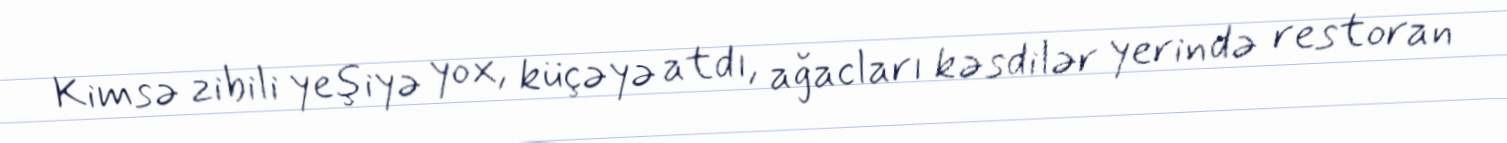
Kimsə zibili yeşiyə yox, küçəyə atdı, ağacları kəsdilər yerində restoran